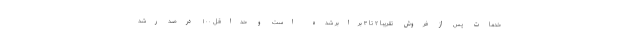
خدمات پس از فروش تقریبا ۲ تا ۳ برابر شده است و حداقل ۱۰۰ درصد رشد